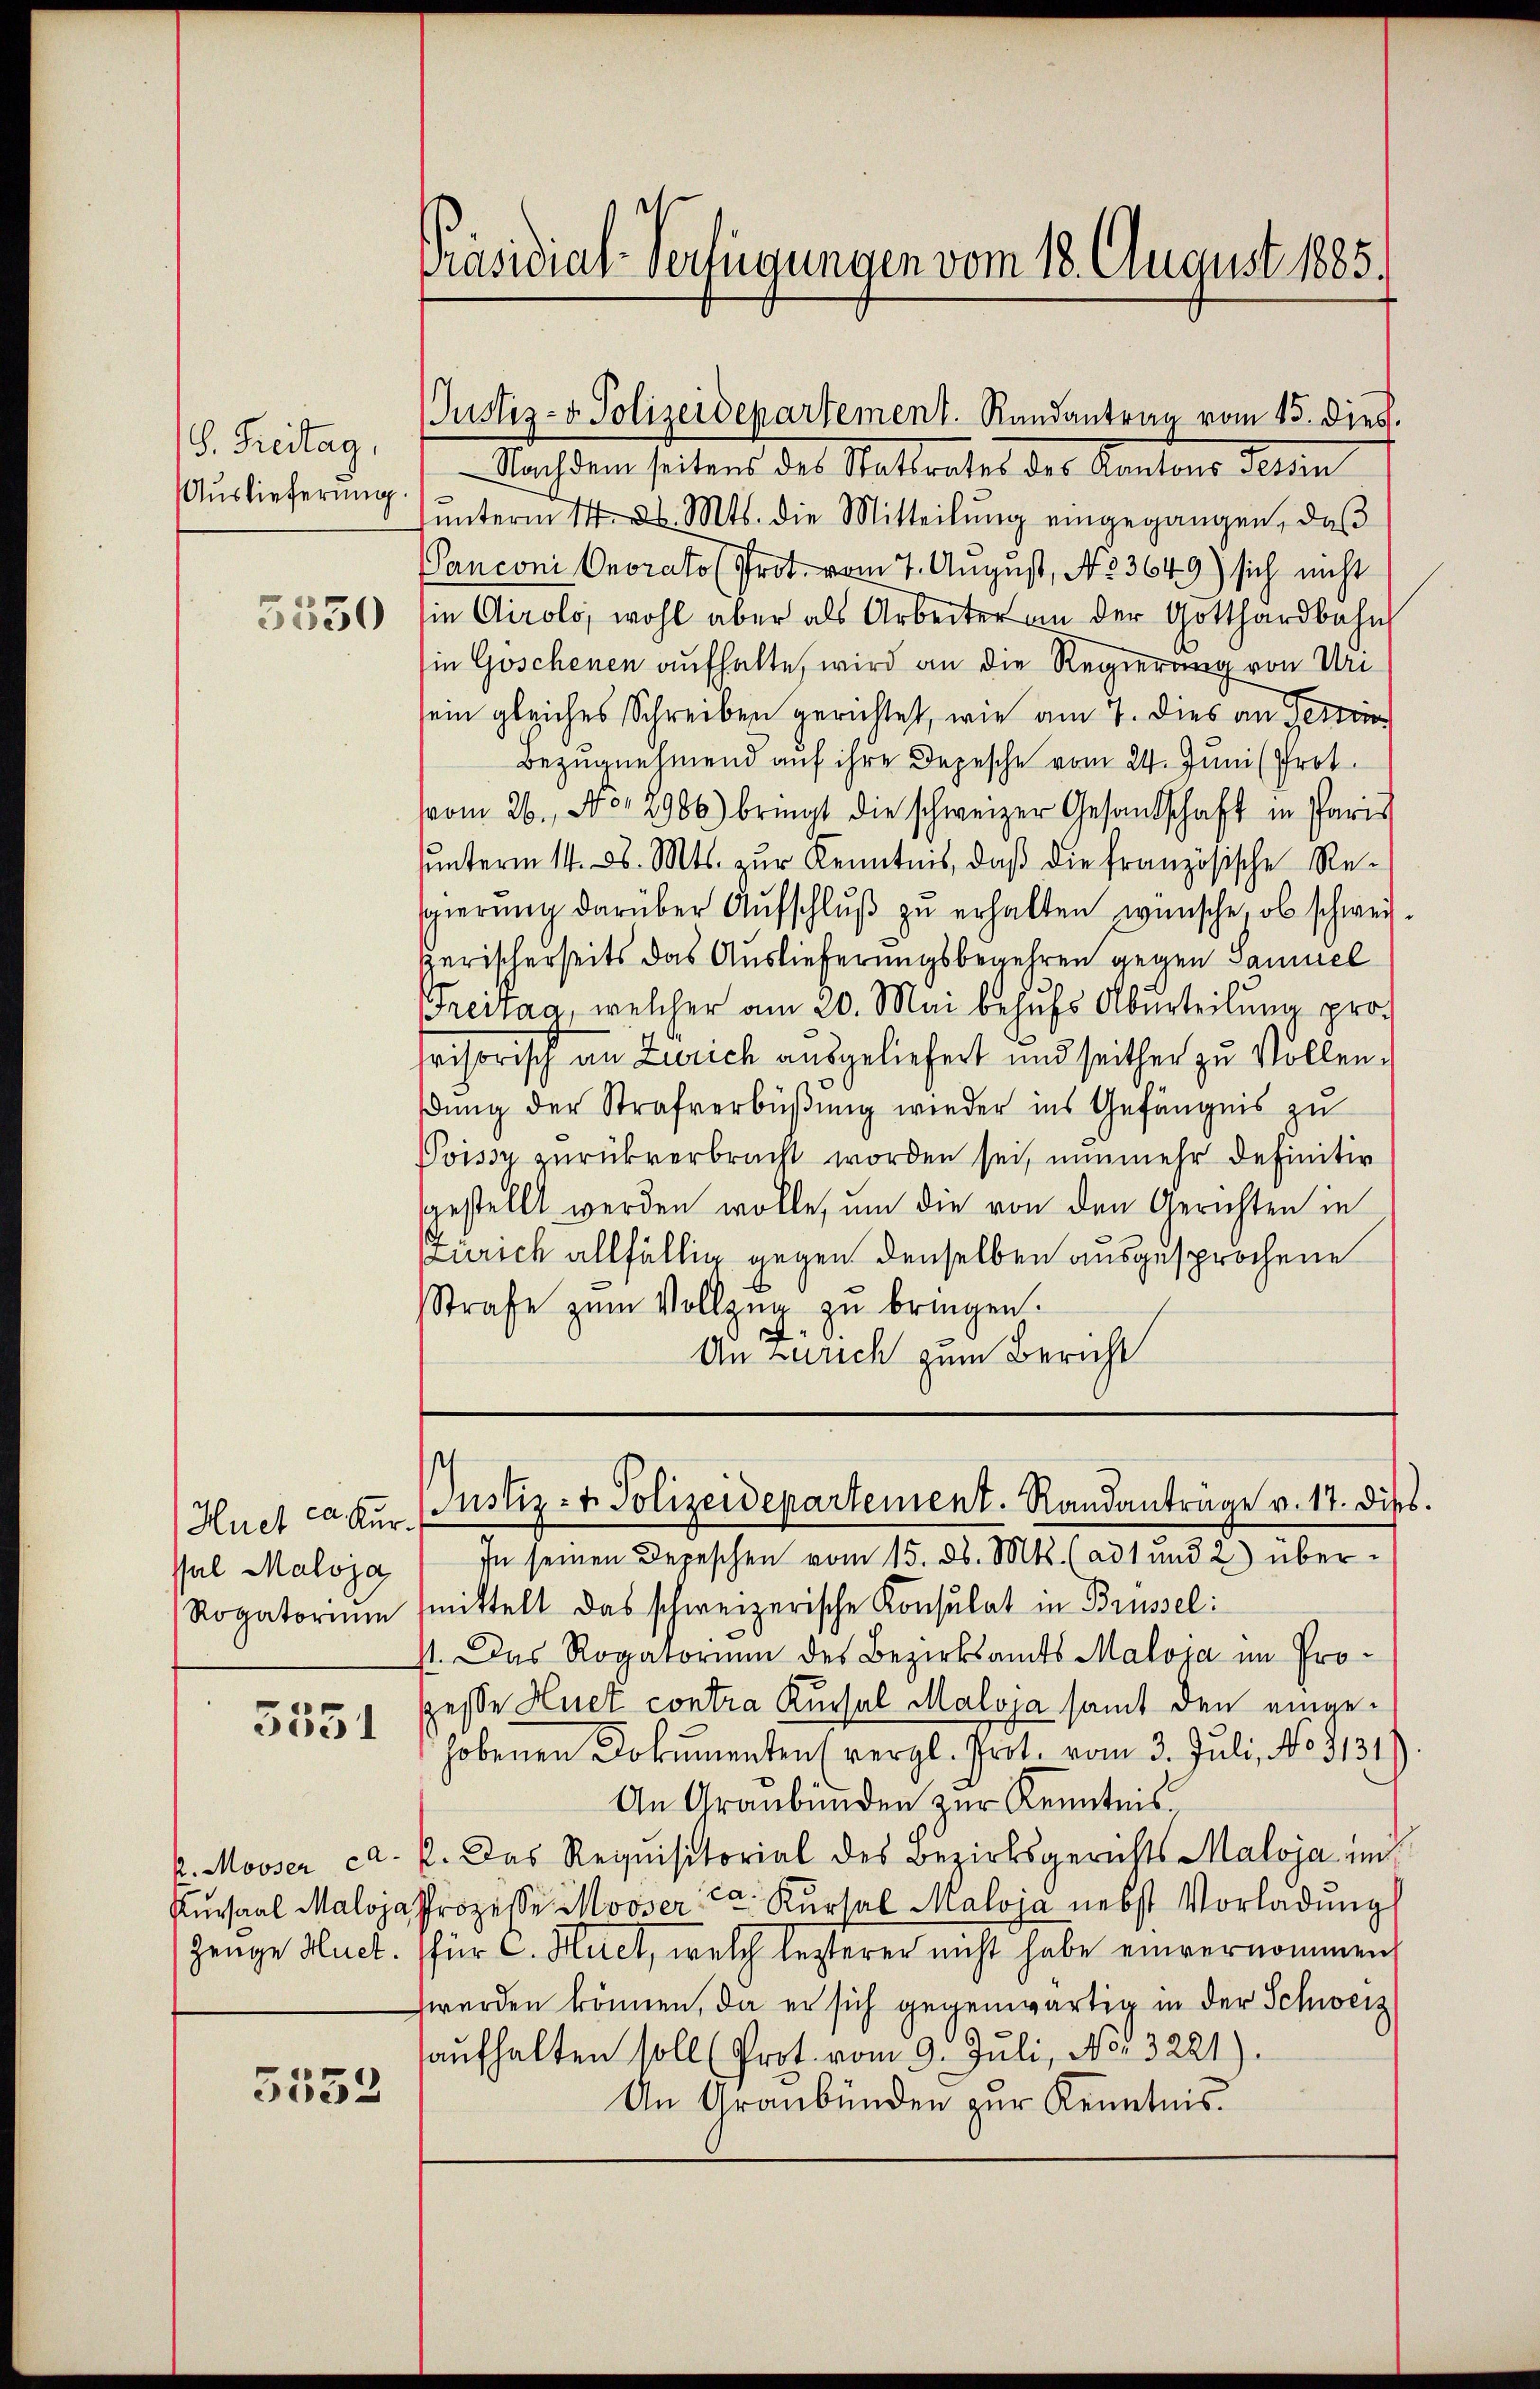
S. Freitag,
Auslieferung.
5530

Huef ca. Kur¬
Pal Maloja

3551

Kursaal Maloj

3552

Präsidial-Verfügungen vom 18. August 1885.

Justiz- & Polizeidepartement. Randantrag vom 15. diess.

Nach dem seitens des Stattratet des Kantons detin
ŭnterm 14. d. Mts. die Mitteilŭng eingegangen, daβ
Panconi Onorato (Prot. vom 7. August, No. 3649) sich nicht
sin Airolo, wohl aber als Arbeiter an der Gotthardbahn
in Goschenen aufhalte, wird an die Regierung von Uri
sein gleiches Schreiben gerichtet, wie am 7. Dies an Herr
Bezugnehmend auf ihre Depesche vom 24. Juni (Prot
vom 26. No. 2986) bringt die schweizer Gesandschaft in Paris
unterm 14. d. Mts. zur Kenntnis, daß die französische Resgierŭng darüber Aŭfschlŭβ zŭ erhalten wünsche, ob schweiszerischerseits das Auslieferungsbegehren gegen Samuel
Tresia, welcher am 20. Mai behufs Aberteilung prosvisorisch an Zürich ausgeliefert und seither zu Vollendung der Strafverbüßung wieder ins Gefängnis zu
Voissy zurückverbracht worden sei, nunmehr definitiv
gestellt werden wolle, um die von den Gerichten in
Zürich allfällig gegen denselben ausgesprochene
Strafe zŭm Vollzŭg zŭ bringen.
"
An Zürich zum Bericht

Justiz- & Polizeidepartement. Randanträge v. 17. Diss.

In seinen Depeschen vom 15. d. Mts. (ad 1 und 2) über¬
Rogatoriŭm mittelt das schweizerische Konsulat in Brüssel:
st. Das Rogatorium des Bezirksamts Maloja im Prosesse Huet contra Kuchel Maloja samt den eingehobenen Dokumenten (vergl. Prot. vom 3. Juli, No 1131.)
An Graubünden zur Kenntnis.
k. Mooser ca. p. Das Requisitorial des Bezirksgerichts Maloja unt
a Prozesse Mooser ca Kŭrsal Maloja nebst Vorladung
Zeuge Huct. für C. Hiet, welch lezterer nicht habe einvernommen
werden können, da er sich gegenwärtig in der Schweiz
aŭfhalten soll (Prot. vom 9. Juli, No. 3221).
An Graubünden zŭr Kenntnis.